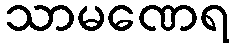
သာမဏေရ